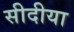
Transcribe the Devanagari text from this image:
सीदीया